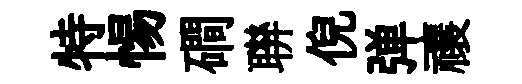
特惕磵聨倪弹禳